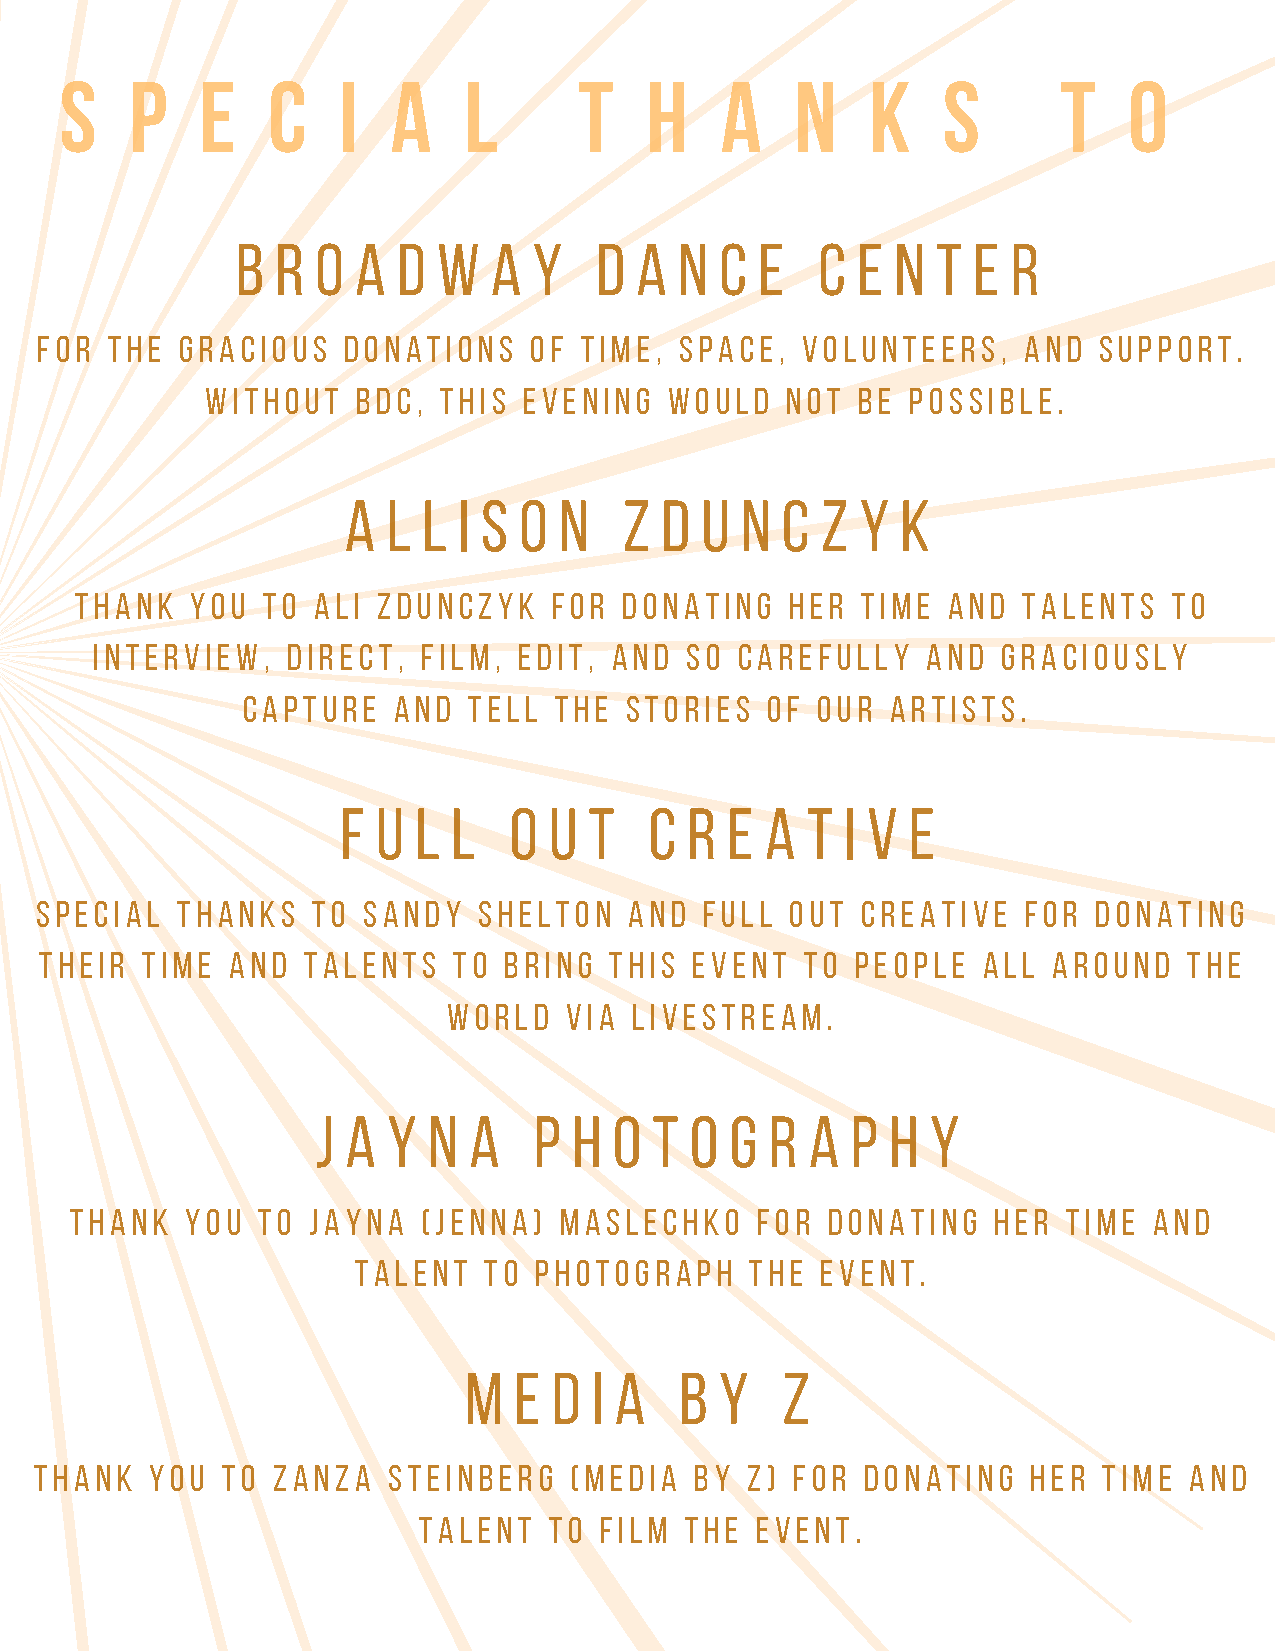
s    p   e    c   i   a    l      t    h    a    n    k   s       t    o
 b r  o  a d  w  a  y   d  a  n  c e   c  e n  t e  r
 for  the  gracious   donations   of time,  space,  volunteers,    and  support.
 without   bdc, this  evening  would   not  be possible.
 A  l l i s o  n   z  d u  n  c z  y  k
 thank   you to  ali zdunczyk    for donating   her  time  and  talents   to
 interview,   direct,  film, edit, and  so  carefully   and  graciously
 capture   and  tell  the stories   of our  artists.
 f u  l l   o u  t   c  r e  a t  i v e
 SPECIAL   THANKS   TO SANDY   SHELTON   AND  FULL OUT  CREATIVE   FOR  DONATING
 THEIR TIME  AND  TALENTS   TO BRING  THIS  EVENT  TO  PEOPLE  ALL  AROUND   THE
 WORLD  VIA  LIVESTREAm.
 j a  y n  a   p  h  o t  o g  r  a p  h  y
 thank  you  to jayna   (jenna)  maslechko    for  donating   her  time and
 talent   to photograph     the event.
 m  e  d i a   b  y   z
 thank   you  to zanza   steinberg   (media  by z)  for donating   her  time  and
 talent  to  film the  event.